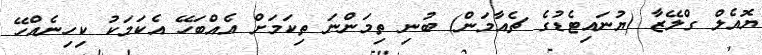
ޔޮއެލް ގްލޭޒާ (ޔުނައިޓެޑުގެ ޗެއާމަން) ބުނި ތިމަންނަ ތިކަމަށް އެއްބަހޭ އެކަމަކު ކިހިނެއްހޭ